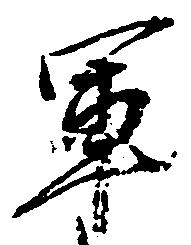
軍